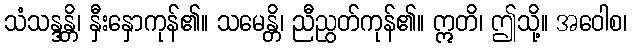
သံသန္ဒန္တိ၊ နှီးနှောကုန်၏။ သမေန္တိ၊ ညီညွတ်ကုန်၏။ ဣတိ၊ ဤသို့။ အဝေါစ၊